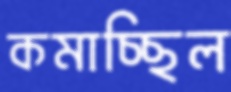
কমাচ্ছিল